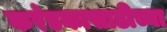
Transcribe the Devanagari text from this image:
करंडकासाठीच्या